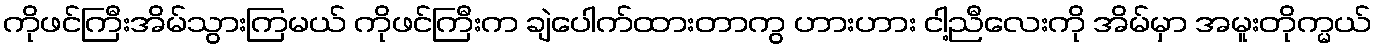
ကိုဖင်ကြီးအိမ်သွားကြမယ် ကိုဖင်ကြီးက ချဲပေါက်ထားတာကွ ဟားဟား ငါ့ညီလေးကို အိမ်မှာ အမူးတိုက္မယ်